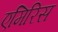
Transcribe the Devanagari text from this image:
एमिरिस